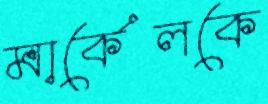
মার্কেলকে